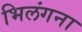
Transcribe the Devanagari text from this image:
भिलंगना